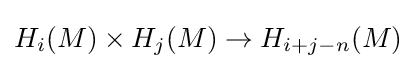
H_{i}(M)\times H_{j}(M)\to H_{i+j-n}(M)